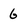
Character: 6